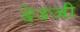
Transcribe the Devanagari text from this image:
देउजी